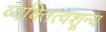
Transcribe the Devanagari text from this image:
व्यक्तित्वशून्य